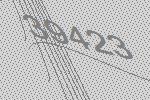
39423